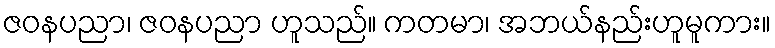
ဇဝနပညာ၊ ဇဝနပညာ ဟူသည်။ ကတမာ၊ အဘယ်နည်းဟူမူကား။